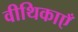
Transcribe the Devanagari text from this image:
वीथिकाएँ